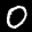
Label: 0